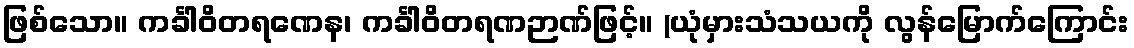
ဖြစ်သော။ ကင်္ခါဝိတရဏေန၊ ကင်္ခါဝိတရဏဉာဏ်ဖြင့်။ (ယုံမှားသံသယကို လွန်မြောက်ကြောင်း